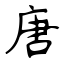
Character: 唐